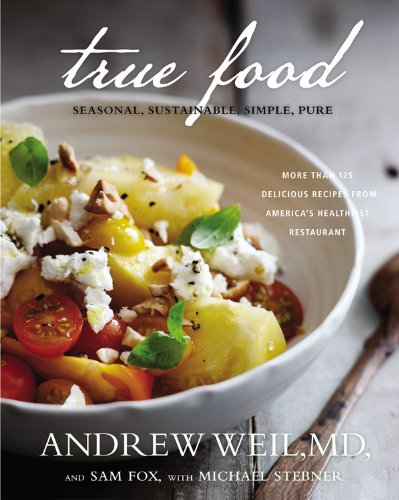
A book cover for True Food: Seasonal, Sustainable, Simple, Pure; Andrew Weil; Health, Fitness & Dieting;